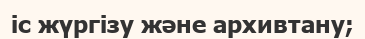
іс жүргізу және архивтану;